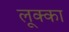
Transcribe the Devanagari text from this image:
लूक्का